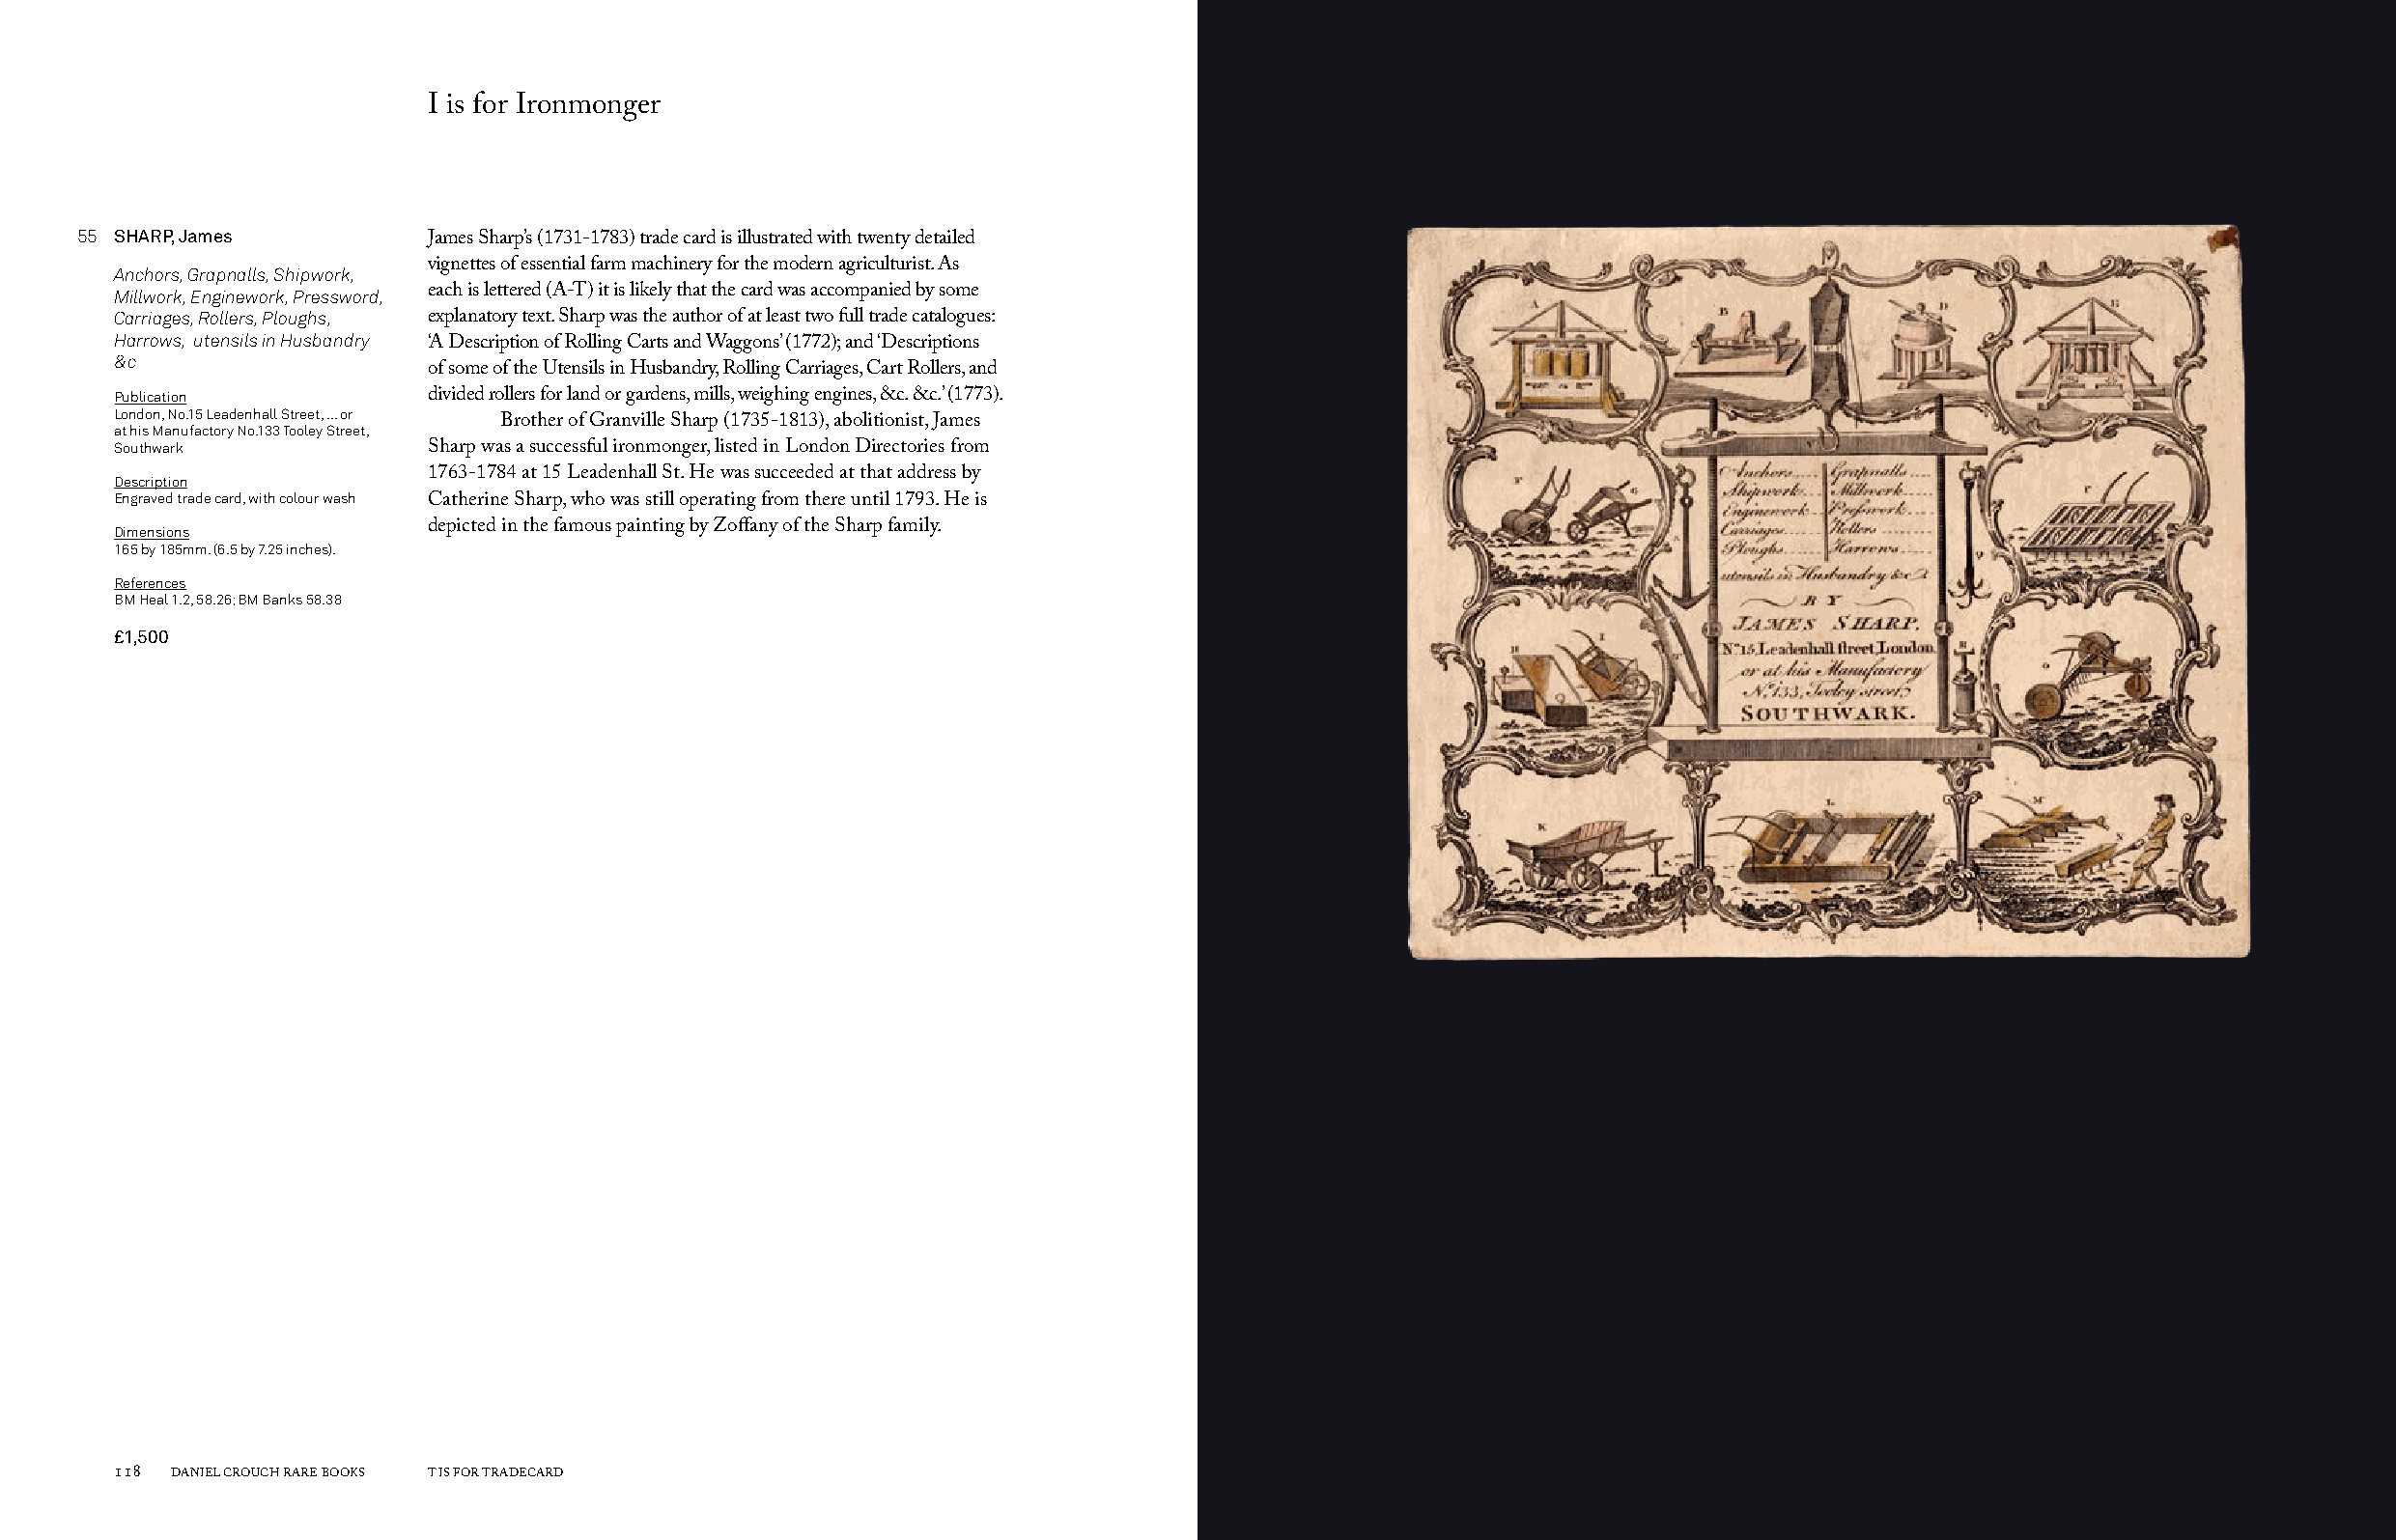
I is for Ironmonger
 55 SHARP, James
 James Sharp’s (1731-1783) trade card is illustrated with twenty detailed
 Anchors, Grapnalls, Shipwork, vignettes of essential farm machinery for the modern agriculturist. As
 Millwork, Enginework, Pressword, each is lettered (A-T) it is likely that the card was accompanied by some
 Carriages, Rollers, Ploughs, explanatory text. Sharp was the author of at least two full trade catalogues:
 Harrows, utensils in Husbandry
 ‘A Description of Rolling Carts and Waggons’ (1772); and ‘Descriptions
 &c
 of some of the Utensils in Husbandry, Rolling Carriages, Cart Rollers, and
 Publication          divided rollers for land or gardens, mills, weighing engines, &c. &c.’ (1773).
 London, No.15 Leadenhall Street, ... or
 at his Manufactory No.133 Tooley Street, Brother of Granville Sharp (1735-1813), abolitionist, James
 Southwark            Sharp was a successful ironmonger, listed in London Directories from
 Description          1763-1784 at 15 Leadenhall St. He was succeeded at that address by
 Engraved trade card, with colour wash Catherine Sharp, who was still operating from there until 1793. He is
 Dimensions           depicted in the famous painting by Zoffany of the Sharp family.
 165 by 185mm. (6.5 by 7.25 inches).
 References
 BM Heal 1.2, 58.26; BM Banks 58.38
 £1,500
 118 DANIEL CROUCH RARE BOOKS T IS FOR TRADECARD                                                                       T IS FOR TRADECARD DANIEL CROUCH RARE BOOKS 119